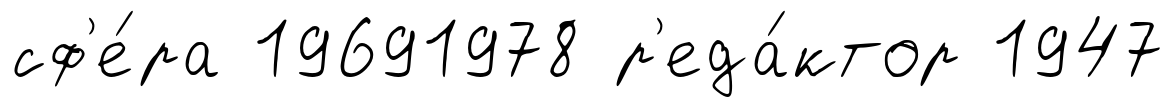
сф'е́ра 19691978 р'еда́ктор 1947